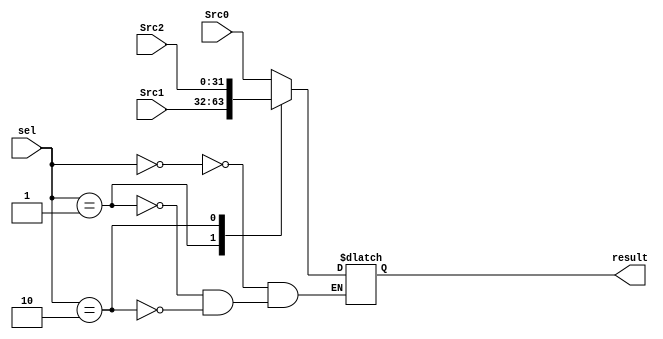
module MUX_3to1 (
    output reg [31:0] result,
    input [31:0] Src0,
    input [31:0] Src1,
    input [31:0] Src2,
    input [1:0] sel
);
    always @(*) begin
        case (sel)
            2'b00: result = Src0;
            2'b01: result = Src1;
            2'b10: result = Src2;
        endcase
    end
endmodule